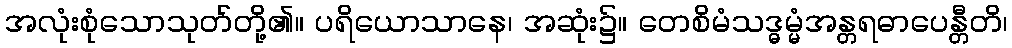
အလုံးစုံသောသုတ်တို့၏။ ပရိယောသာနေ၊ အဆုံး၌။ တေစိမံသဒ္ဓမ္မံအန္တရဓာပေန္တီတိ၊